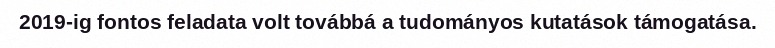
2019-ig fontos feladata volt továbbá a tudományos kutatások támogatása.